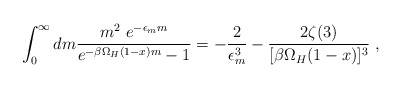
\begin{align*}\int_0^\infty dm \frac{m^2~ e^{-\epsilon_m m}}{e^{-\beta \Omega_H (1-x) m}-1} = -\frac{2}{\epsilon_m^3} -\frac{2 \zeta(3)}{[\beta \Omega_H (1-x)]^3}~,\end{align*}